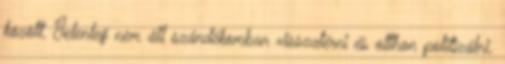
között. Jelenleg nem áll szándékomban visszatérni és otthon politizálni.